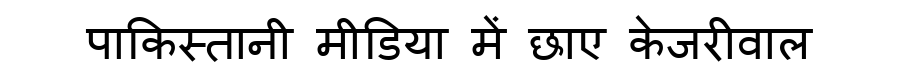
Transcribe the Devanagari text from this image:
पाकिस्तानी मीडिया में छाए केजरीवाल